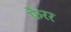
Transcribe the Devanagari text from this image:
फैरर